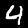
Digit: 4